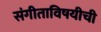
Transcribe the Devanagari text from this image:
संगीताविषयीची